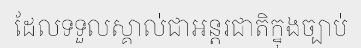
ដែលទទួលស្គាល់ជាអន្តរជាតិក្នុងច្បាប់